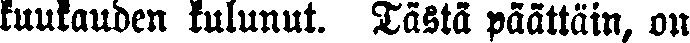
kuukauden kulunut. Tästä päättäin, on